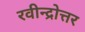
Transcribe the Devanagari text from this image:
रवीन्द्रोत्तर